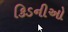
કિડનીઓ